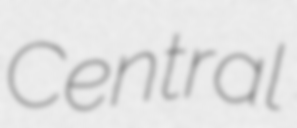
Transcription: Central